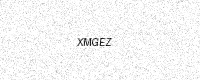
Text: XMGEZ